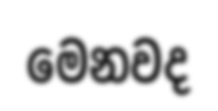
මෙනවද